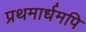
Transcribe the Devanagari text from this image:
प्रथमार्धमपि